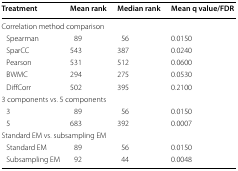
<table><thead><tr><td><b>Treatment</b></td><td><b>Mean rank</b></td><td><b>Median rank</b></td><td><b>Mean q value/FDR</b></td></tr></thead><tbody><tr><td colspan="4">Correlation method comparison</td></tr><tr><td> Spearman</td><td>89</td><td>56</td><td>0.0150</td></tr><tr><td> SparCC</td><td>543</td><td>387</td><td>0.0240</td></tr><tr><td> Pearson</td><td>531</td><td>512</td><td>0.0600</td></tr><tr><td> BWMC</td><td>294</td><td>275</td><td>0.0530</td></tr><tr><td> DiffCorr</td><td>502</td><td>395</td><td>0.2100</td></tr><tr><td colspan="4">3 components vs. 5 components</td></tr><tr><td> 3</td><td>89</td><td>56</td><td>0.0150</td></tr><tr><td> 5</td><td>683</td><td>392</td><td>0.0007</td></tr><tr><td colspan="4">Standard EM vs. subsampling EM</td></tr><tr><td> Standard EM</td><td>89</td><td>56</td><td>0.0150</td></tr><tr><td> Subsampling EM</td><td>92</td><td>44</td><td>0.0048</td></tr></tbody></table>